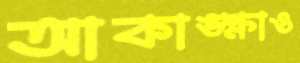
আকাঙ্ক্ষাও